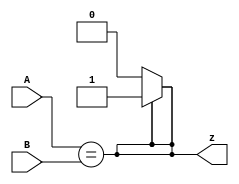
module top_module ( input [1:0] A, input [1:0] B, output z ); 
    // Solution1
    always @(*) begin
    if(A == B)
        z = 1;
    else
        z = 0;
    end

    // Solution2 (from HDLBits)
    assign z = (A[1:0]==B[1:0]);	// Comparisons produce a 1 or 0 result.
    assign z = A==B;  //此寫法也可以
	
	// Another option is to use a 16-entry truth table ( {A,B} is 4 bits, with 16 combinations ).
	// There are 4 rows with a 1 result.  0000, 0101, 1010, and 1111.
endmodule